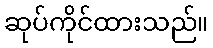
ဆုပ်ကိုင်ထားသည်။